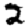
Digit: 2